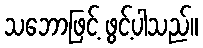
သဘောဖြင့် ဖွင့်ပါသည်။